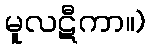
မူလဋီကာ။)